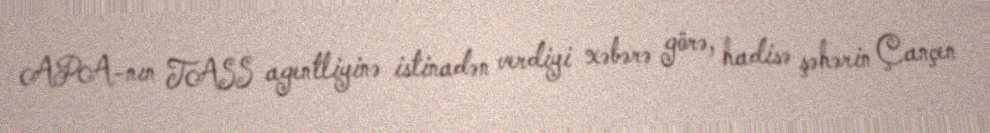
APA-nın TASS agentliyinə istinadən verdiyi xəbərə görə, hadisə şəhərin Çançen